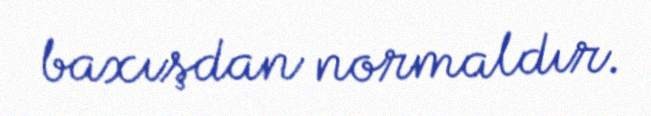
baxışdan normaldır.